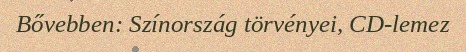
Bővebben: Színország törvényei, CD-lemez